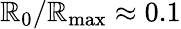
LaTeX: \mathbb{R}_{0}/\mathbb{R}_{\mathrm{{max}}}\approx0.1